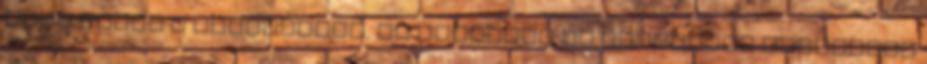
hogy félti a pozícióját, ha továbbra is vereséget vereségre